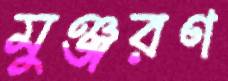
মুঞ্জরণ